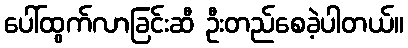
ပေါ်ထွက်လာခြင်းဆီ ဦးတည်စေခဲ့ပါတယ်။